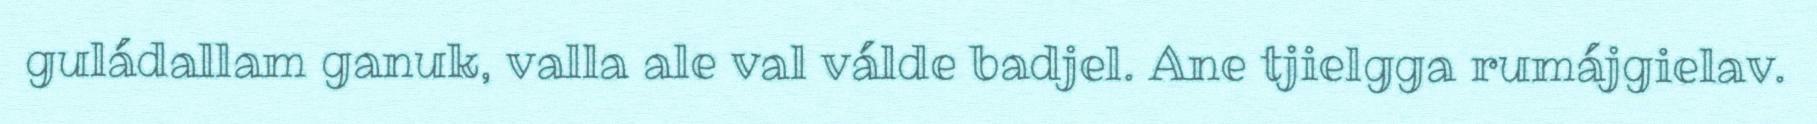
guládallam ganuk, valla ale val válde badjel. Ane tjielgga rumájgielav.